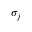
\sigma _ { j }